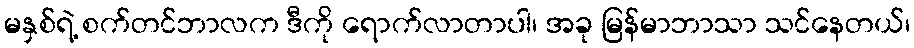
မနှစ်ရဲ့ စက်တင်ဘာလက ဒီကို ရောက်လာတာပါ၊ အခု မြန်မာဘာသာ သင်နေတယ်၊